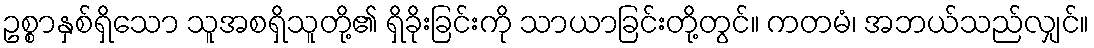
ဥစ္စာနှစ်ရှိသော သူအစရှိသူတို့၏ ရှိခိုးခြင်းကို သာယာခြင်းတို့တွင်။ ကတမံ၊ အဘယ်သည်လျှင်။